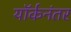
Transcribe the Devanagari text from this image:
यॉर्कनंतर